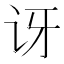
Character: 讶